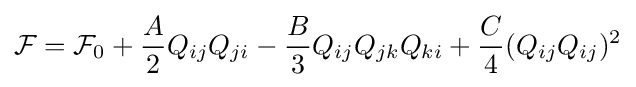
{\mathcal {F}}={\mathcal {F}}_{0}+{\frac {A}{2}}Q_{ij}Q_{ji}-{\frac {B}{3}}Q_{ij}Q_{jk}Q_{ki}+{\frac {C}{4}}(Q_{ij}Q_{ij})^{2}